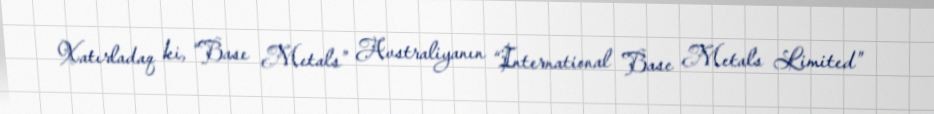
Xatırladaq ki, “Base Metals” Avstraliyanın “International Base Metals Limited”